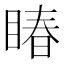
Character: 睶